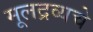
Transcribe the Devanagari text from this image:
मूलद्रव्यचे